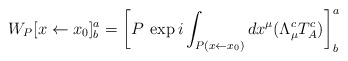
\begin{align*}W_P [x\leftarrow x_0]^a_b = \left[ P \: \exp i \int_{P( x\leftarrow x_0)} dx^\mu ( \Lambda_\mu^c T_A^c ) \right]^a_b \end{align*}